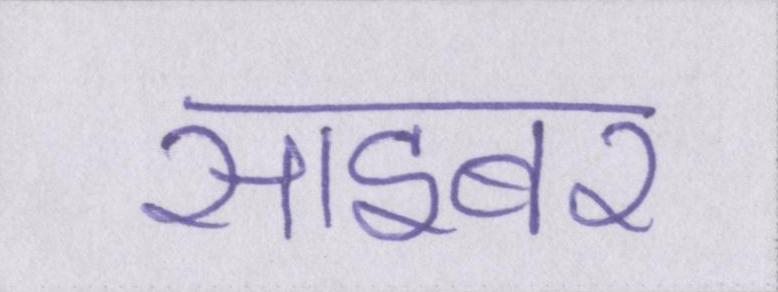
साइबर